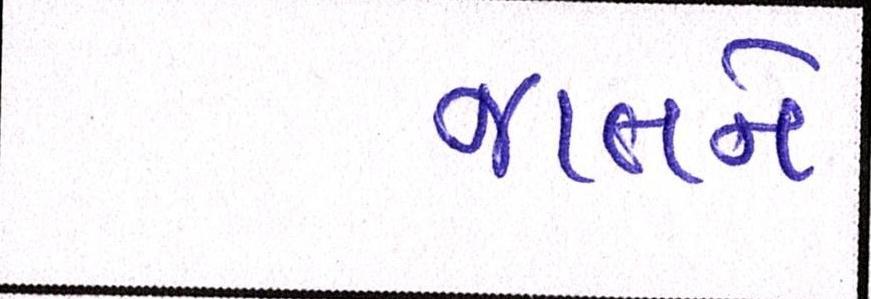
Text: જાતને